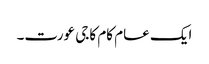
ایک عام کام کاجی عورت۔